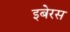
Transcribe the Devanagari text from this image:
इबेरस